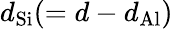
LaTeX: d_{\mathrm{Si}}(=d-d_{\mathrm{Al}})